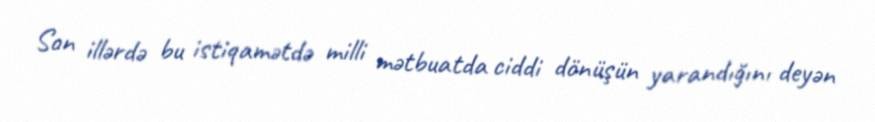
Son illərdə bu istiqamətdə milli mətbuatda ciddi dönüşün yarandığını deyən